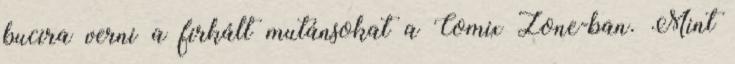
bucira verni a firkált mutánsokat a Comix Zone-ban. Mint